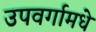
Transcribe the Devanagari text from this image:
उपवर्गामधे